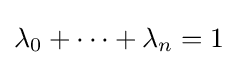
\lambda _{0}+\dots +\lambda _{n}=1